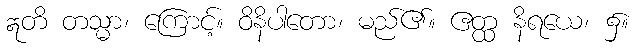
ဣတိ တသ္မာ၊ ကြောင့်။ ဝိနိပါတော၊ မည်၏။ ဧတ္ထ နိရယေ၊ ၌။